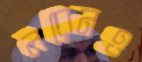
লরেনও